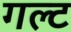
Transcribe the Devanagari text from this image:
गल्ट